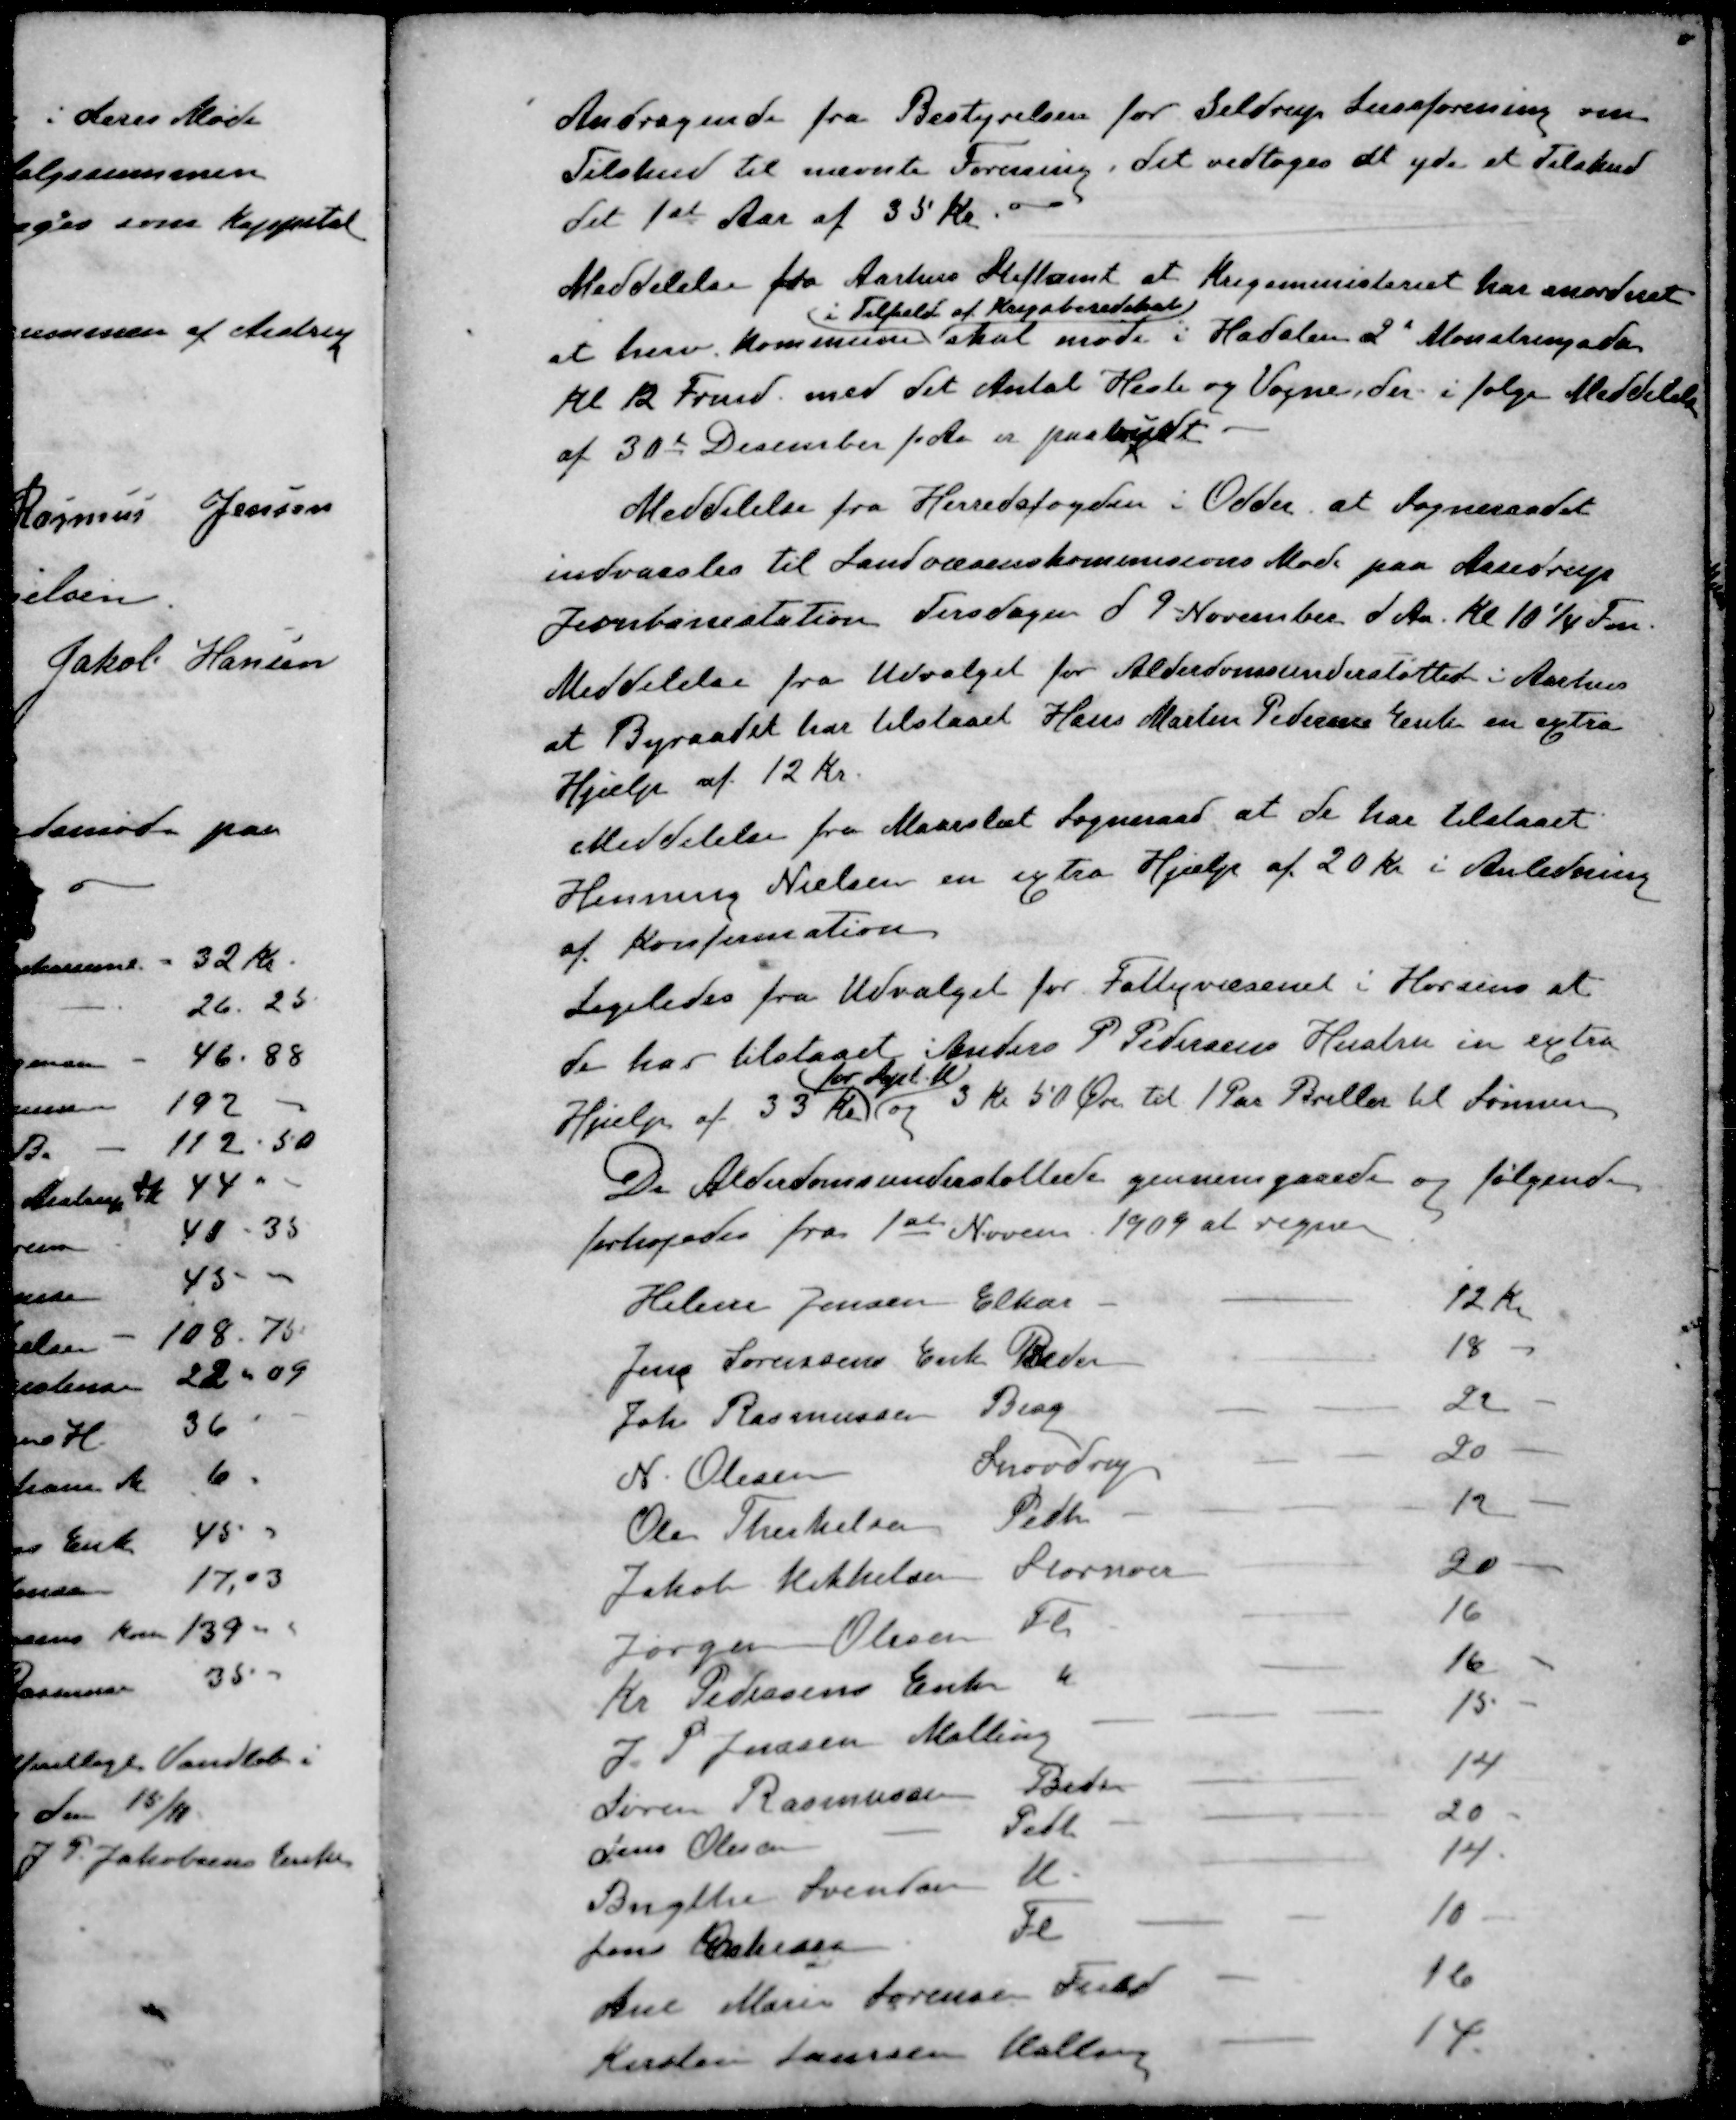
Transskription:
Andragende fra Bestyrelsen for Seldrup Læseforening om
Tilskud til nævnte Forening. Det vedtoges at yde et Tilskud
det 1st Aar af 35 kr.
Meddelelse fra Aarhus Stiftamt at Krigsministeriet har anordnet
i Tilfald af Krigsberedskab
at herv. Kommune skal møde i Hadsten 2' Monstringsda
Kl 12 Frmd. med det Antal Heste og Vogne, der i følge Meddelelse
af 30te December f. Aa er paabudt
Meddelelse fra Herredsfogden i Odder, at Sogneraadet
indvarsles til Landvæsenskommisions Møde paa Assedrup
Jernbanestation Tirsdagen d. 9 November d. Aa. Kl 10½ Fm.
Meddelelse fra Udvalget for Alderdomsunderstøttede i Aarhus
at Byraadet har tilstaaet Hans Martin Pedersens Enke en extra
Hjælp af 12 Kr.
Meddelelse fra Maarslet Sogneraad at de har tilstaaet
Henning Nielsen en extra Hjælp af 20 Kr i Anledning
af Konfirmation
Ligeledes fra Udvalget for Fattigvæsenet i Horsens at
de har tilstaaet Anders P Pedersens Hustru en extra
for Agst M
Hjælp af 35 Kr. og 3 kr 50 Øre til 1 Par Briller til Sønnen
De Alderdomsunderstøttede gennemgaaede og følgende
forhøjedes fra 1ste Novem. 1909 at regne
Helene Jensen Elkær
12 Kr.
Jens Sørensens Enke Beder
18
Joh. Rasmussen Bisg
22
N. Olesen Snovdrup
20
Ole Therkelsen Pedh
12
Jakob Mikkelsen Stornoer
20
Jørgen Olsen Fl
16
Kr. Pedersens Enke "
16
J. P. Jensen Malling
15
Søren Rasmussen Beder
14
Jens Olesen Pedh
20
Bengthe Svendsen M
14
Jens Eskesen Fl
10
Ane Marie Sørensen Fuld
16
Kirsten Laursen Malling
14.